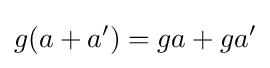
g(a+a')=ga+ga'